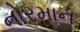
નોરમાન